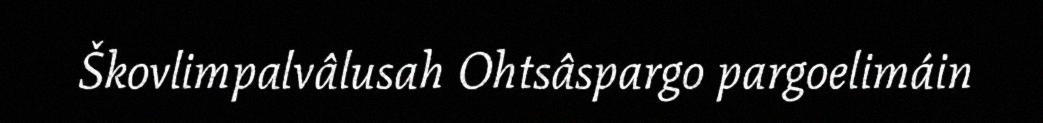
Škovlimpalvâlusah Ohtsâspargo pargoelimáin